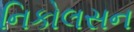
નિકોલસન